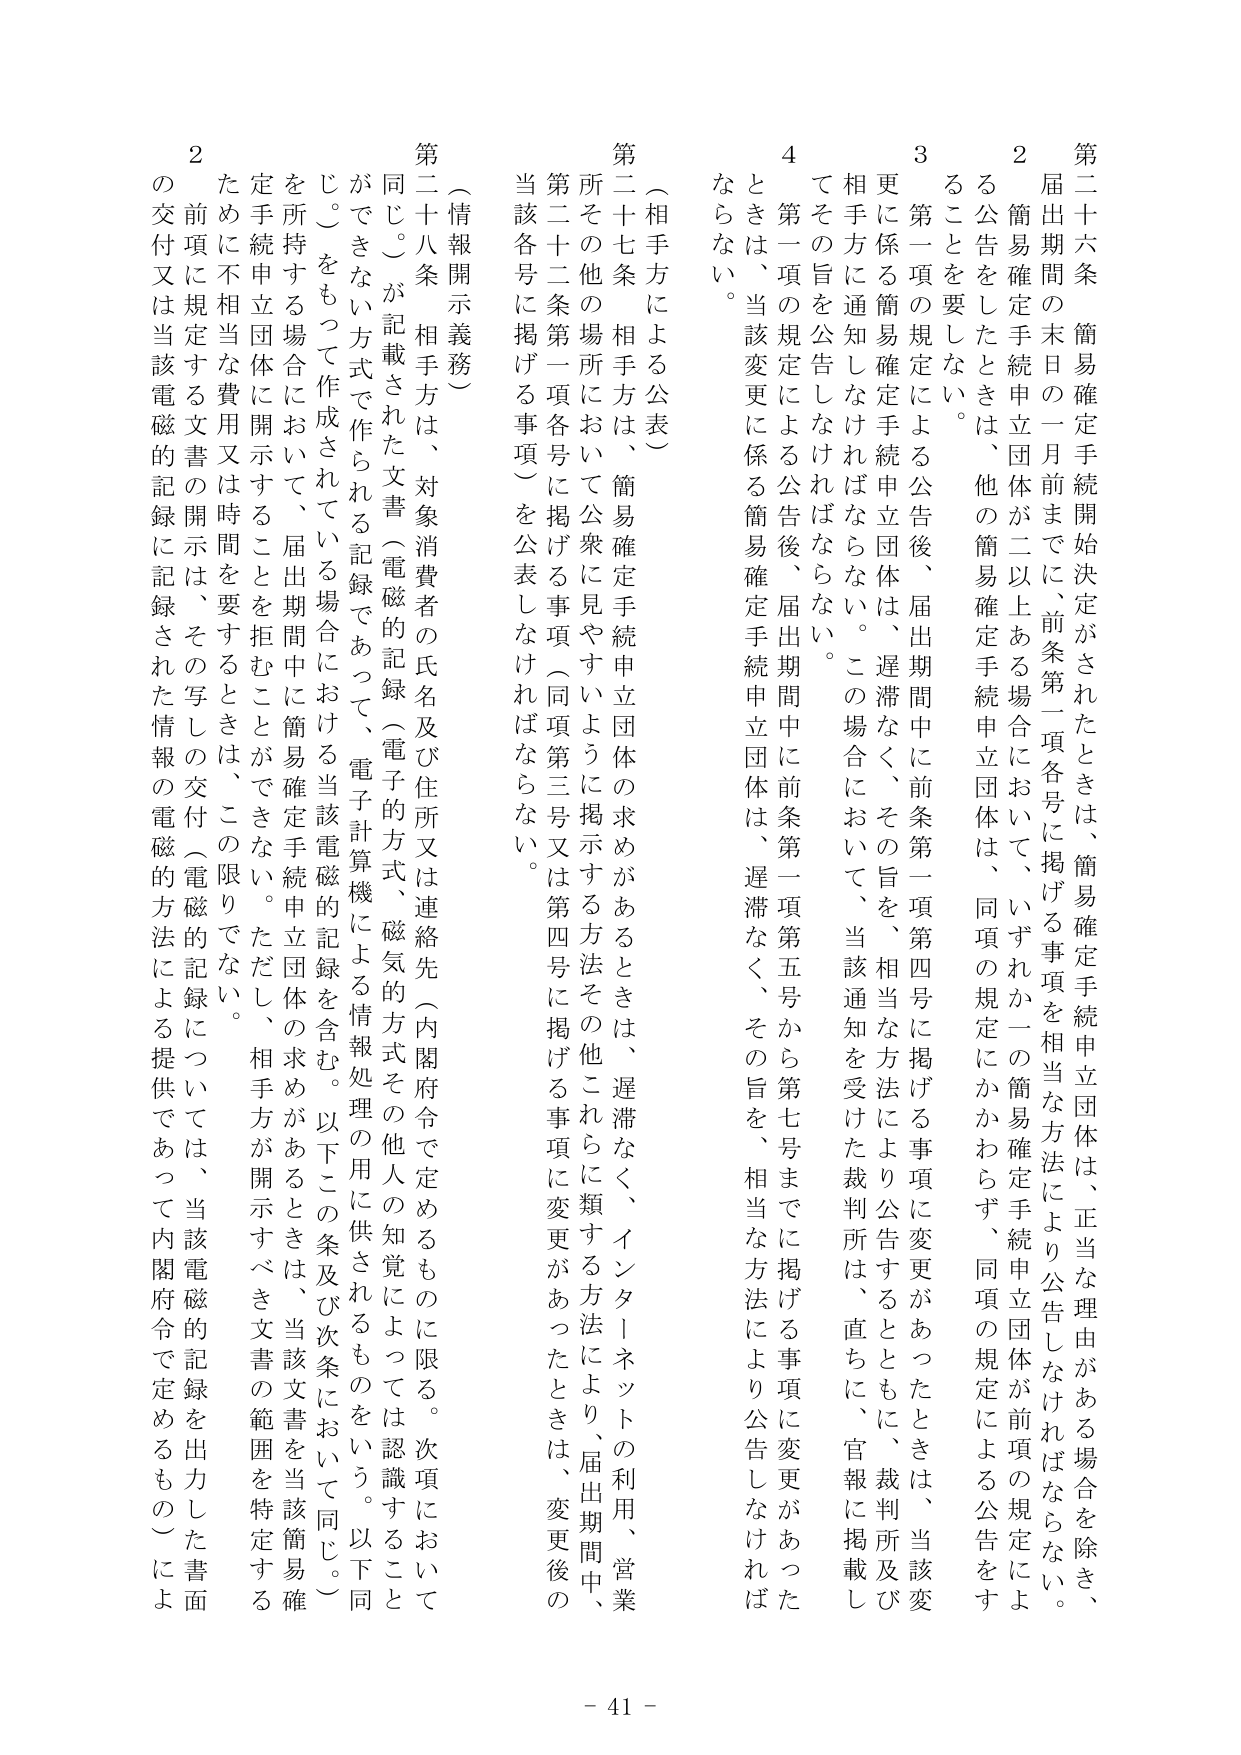
第二十六条 簡易確定手続開始決定がされたときは、簡易確定手続申立団体は、正当な理由がある場合を除き、届出期間の末日の一月前までに、前条第一項各号に掲げる事項を相当な方法により公告しなければならない。

２ 簡易確定手続申立団体が二以上ある場合において、いずれか一の簡易確定手続申立団体が前項の規定による公告をしたときは、他の簡易確定手続申立団体は、同項の規定にかかわらず、同項の規定による公告をすることを要しない。

３ 第一項の規定による公告後、届出期間中に前条第一項第四号に掲げる事項に変更があったときは、当該変更に係る簡易確定手続申立団体は、遅滞なく、その旨を、相当な方法により公告するとともに、裁判所及び相手方に通知しなければならない。この場合において、当該通知を受けた裁判所は、直ちに、官報に掲載してその旨を公告しなければならない。

４ 第一項の規定による公告後、届出期間中に前条第一項第五号から第七号までに掲げる事項に変更があったときは、当該変更に係る簡易確定手続申立団体は、遅滞なく、その旨を、相当な方法により公告しなければならない。

（相手方による公表）

第二十七条 相手方は、簡易確定手続申立団体の求めがあるときは、遅滞なく、インターネットの利用、営業所その他の場所において公衆に見やすいように掲示する方法その他これらに類する方法により、届出期間中、第二十二条第一項各号に掲げる事項（同項第三号又は第四号に掲げる事項に変更があったときは、変更後の当該各号に掲げる事項）を公表しなければならない。

（情報開示義務）

第二十八条 相手方は、対象消費者の氏名及び住所又は連絡先（内閣府令で定めるものに限る。次項において同じ。）が記載された文書（電磁的記録（電子的方式、磁気的方式その他人の知覚によっては認識することのできない方式で作られる記録であって、電子計算機による情報処理の用に供されるものをいう。以下同じ。）をもって作成されている場合における当該電磁的記録を含む。以下この条及び次条において同じ。）を所持する場合において、届出期間中に簡易確定手続申立団体の求めがあるときは、当該文書を当該簡易確定手続申立団体に開示することを拒むことができない。ただし、相手方が開示すべき文書の範囲を特定するために不相当な費用又は時間を要するときは、この限りでない。

２ 前項に規定する文書の開示は、その写しの交付（電磁的記録については、当該電磁的記録を出力した書面の交付又は当該電磁的記録に記録された情報の電磁的方法による提供であって内閣府令で定めるもの）によ

- 41 -